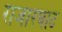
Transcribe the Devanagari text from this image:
राजारघाट